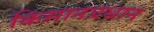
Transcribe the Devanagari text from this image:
किसानप्रधान